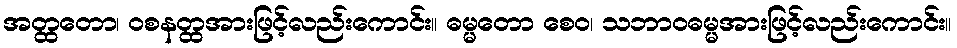
အတ္ထတော၊ ဝစနတ္ထအားဖြင့်လည်းကောင်း။ ဓမ္မတော စေဝ၊ သဘာဝဓမ္မအားဖြင့်လည်းကောင်း။